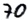
Text: 70